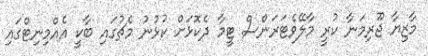
މާޒިޔާ ޖޫރިމަނާ ކުރީ މާލޭވެޓަރަންސް ޓީމާ ދެކޮޅަށް ކުޅުނު މެޗުގައި ބާކީ އެއްމިނިޓްގައި